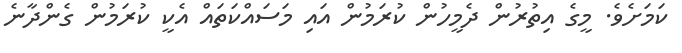
ކަމަށެވެ. މީގެ އިތުރުން ދެމީހުން ކުރަމުން އައި މަސައްކަތައް އެކީ ކުރަމުން ގެންދާނެ